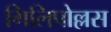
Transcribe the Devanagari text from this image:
गिलिपोल्लस